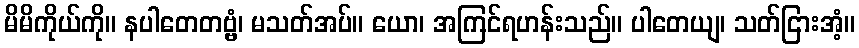
မိမိကိုယ်ကို။ နပါတေတဗ္ဗံ၊ မသတ်အပ်။ ယော၊ အကြင်ရဟန်းသည်။ ပါတေယျ၊ သတ်ငြားအံ့။